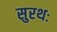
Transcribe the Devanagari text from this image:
सुरथः